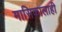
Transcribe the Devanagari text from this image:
मासिकालाही